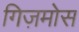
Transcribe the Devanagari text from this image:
गिज़मोस